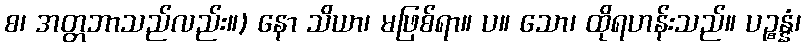
စ၊ အတ္တဘာသည်လည်း။) နော သိယာ၊ မဖြစ်ရာ။ ပ။ သော၊ ထိုရဟန်းသည်။ ပဉ္စန္နံ၊